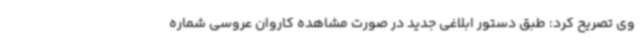
وی تصریح کرد: طبق دستور ابلاغی جدید در صورت مشاهده کاروان عروسی شماره